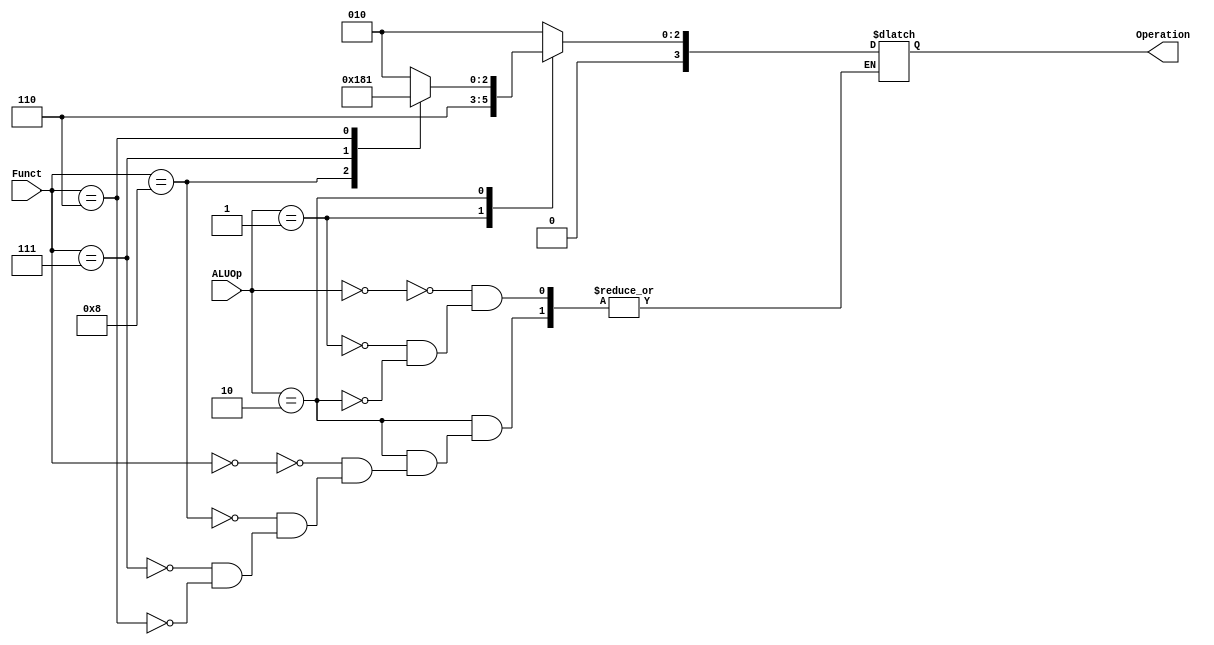
`timescale 1ns / 1ps


module ALU_Control
(
input [1:0] ALUOp,
input [3:0] Funct,
output reg [3:0] Operation
);
always @ (ALUOp or Funct)
begin
case(ALUOp)
2'b00: Operation = 4'b0010;
2'b01: Operation = 4'b0110;
2'b10:
begin
case(Funct)
4'b0000: Operation = 4'b0010;
4'b1000: Operation = 4'b0110;
4'b0111: Operation = 4'b0000;
4'b0110: Operation = 4'b0001;
endcase
end
endcase
end
endmodule